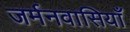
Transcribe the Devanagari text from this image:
जर्मनवासियाँ